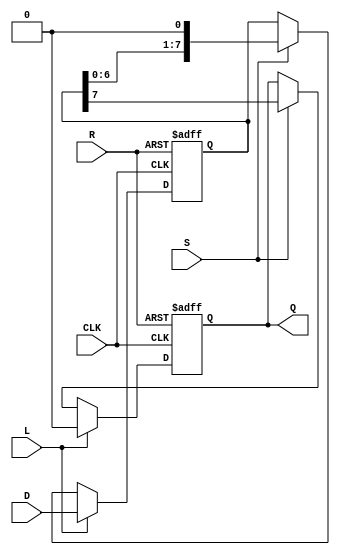
module PISO_Register (
    input wire [7:0] D,    // 8-bit input data bus
    input wire L,          // Load control signal
    input wire S,          // Shift control signal
    input wire CLK,        // Clock signal
    input wire R,          // Asynchronous reset signal
    output reg Q           // Serial output
);

    reg [7:0] shift_reg;   // 8-bit shift register

    always @(posedge CLK or posedge R) begin
        if (R) begin
            // Asynchronous reset
            shift_reg <= 8'b0;  // Clear the register
            Q <= 1'b0;          // Reset serial output
        end else if (L) begin
            // Load mode
            shift_reg <= D;     // Load data into the register
            Q <= 1'b0;          // Initialize serial output
        end else if (S) begin
            // Shift mode
            Q <= shift_reg[7];  // Output the MSB
            shift_reg <= {shift_reg[6:0], 1'b0}; // Shift right, fill LSB with 0
        end
    end
    
endmodule